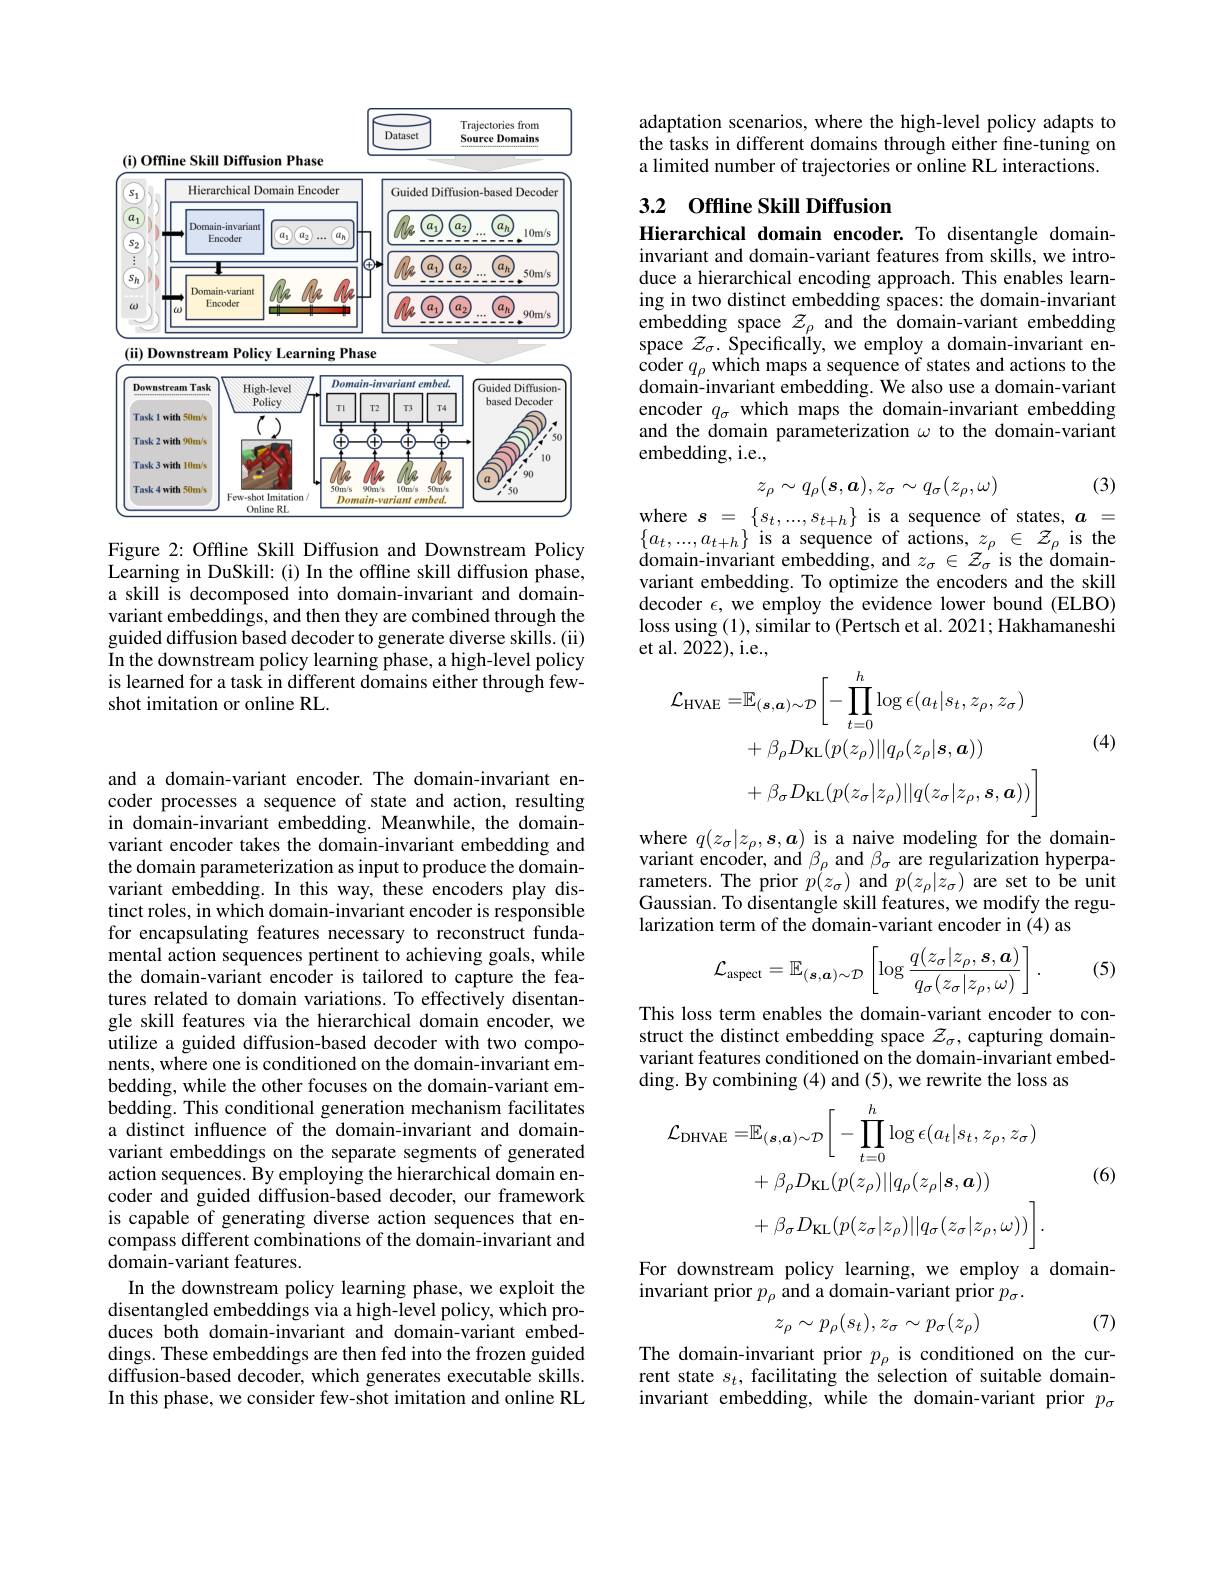
<FigureHere>

Figure 2: Offline Skill Diffusion and Downstream Policy

Learning in DuSkill: (i) In the offline skill diffusion phase, a skill is decomposed into domain-invariant and domainvariant embeddings, and then they are combined through the guided diffusion based decoder to generate diverse skills. (ii) In the downstream policy learning phase, a high-level policy is learned for a task in different domains either through fewshot imitation or online RL.

and a domain-variant encoder. The domain-invariant encoder processes a sequence of state and action, resulting in domain-invariant embedding. Meanwhile, the domainvariant encoder takes the domain-invariant embedding and the domain parameterization as input to produce the domainvariant embedding. In this way, these encoders play distinct roles, in which domain-invariant encoder is responsible for encapsulating features necessary to reconstruct fundamental action sequences pertinent to achieving goals, while the domain-variant encoder is tailored to capture the features related to domain variations. To effectively disentangle skill features via the hierarchical domain encoder, we utilize a guided diffusion-based decoder with two components, where one is conditioned on the domain-invariant embedding, while the other focuses on the domain-variant embedding. This conditional generation mechanism facilitates a distinct influence of the domain-invariant and domainvariant embeddings on the separate segments of generated action sequences. By employing the hierarchical domain encoder and guided diffusion-based decoder, our framework is capable of generating diverse action sequences that encompass different combinations of the domain-invariant and domain-variant features.
In the downstream policy learning phase, we exploit the disentangled embeddings via a high-level policy, which produces both domain-invariant and domain-variant embeddings. These embeddings are then fed into the frozen guided diffusion-based decoder, which generates executable skills. In this phase, we consider few-shot imitation and online RL

adaptation scenarios, where the high-level policy adapts to the tasks in different domains through either fine-tuning on a limited number of trajectories or online RL interactions.

# 3.2 Offline Skill Diffusion

Hierarchical domain encoder. To disentangle domaininvariant and domain-variant features from skills, we introduce a hierarchical encoding approach. This enables learning in two distinct embedding spaces: the domain-invariant $\begin{array}{l}{\mathrm{embedding~space~}z_{\rho}}\\{\mathrm{space~}z_{\sigma}.\text{Specifically, we employ a domain-invariant embedding}}\\{\mathrm{space~}z_{\sigma}.\text{Specifically, we employ a domain-invariant en-}}\end{array}$ $\begin{array}{l}\mathrm{coder~}q_{\rho}\text{ which maps a sequence of states and actions to the}\\\mathrm{domain-invariant~embedding.~We~also~use~a~domain-variant}\end{array}$ encoder $q_\sigma$ which maps the domain-invariant embedding and the domain parameterization $\omega$ to the domain-variant embedding, i.e.,

(3)
$$z_\rho\sim q_\rho(s,\boldsymbol{a}),z_\sigma\sim q_\sigma(z_\rho,\omega)$$
where $s=\{s_t,...,s_{t+h}\}$ is a sequence of states, $a=$ $\{a_{t},...,a_{t+h}\}$ is a sequence of actions, $z_\rho\in\mathcal{Z}_\rho$ is the domain-invariant embedding, and $z_\sigma\in\mathcal{Z}_\sigma$ is the domainvariant embedding. To optimize the encoders and the skill decoder $\epsilon$, we employ the evidence lower bound (ELBO) loss using (1), similar to (Pertsch et al. 2021; Hakhamaneshi et al. 2022), i.e.,
$$\begin{aligned}\mathcal{L}_{\mathrm{HVAE}}=&\mathbb{E}_{(\boldsymbol{s},\boldsymbol{a})\sim\mathcal{D}}\left[-\prod_{t=0}^{h}\log\epsilon(a_{t}|s_{t},z_{\rho},z_{\sigma})\right]\\&+\beta_{\rho}D_{\mathrm{KL}}(p(z_{\rho})||q_{\rho}(z_{\rho}|\boldsymbol{s},\boldsymbol{a}))\\&+\beta_{\sigma}D_{\mathrm{KL}}(p(z_{\sigma}|z_{\rho})||q(z_{\sigma}|z_{\rho},\boldsymbol{s},\boldsymbol{a}))\end{aligned}$$
(4)

where $q(z_\sigma|z_\rho,s,\boldsymbol{a})$ is a naive modeling for the domainvariant encoder, and $\beta_\rho$ and $\beta_\sigma$ are regularization hyperparameters. The prior $p(z_\sigma)$ and $p(z_\rho|z_\sigma)$ are set to be unit Gaussian. To disentangle skill features, we modify the regularization term of the domain-variant encoder in (4) as
$$\mathcal{L}_{\mathrm{aspect}}=\mathbb{E}_{(\boldsymbol{s},\boldsymbol{a})\sim\mathcal{D}}\left[\log\frac{q(z_{\sigma}|z_{\rho},\boldsymbol{s},\boldsymbol{a})}{q_{\sigma}(z_{\sigma}|z_{\rho},\omega)}\right].$$
(5)

This loss term enables the domain-variant encoder to construct the distinct embedding space $z_\sigma$, capturing domainvariant features conditioned on the domain-invariant embedding. By combining (4) and (5), we rewrite the loss as
$$\begin{aligned}\mathcal{L}_{\mathrm{DHVAE}}=&\mathbb{E}_{(\boldsymbol{s},\boldsymbol{a})\sim\mathcal{D}}\bigg[-\prod_{t=0}^{h}\log\epsilon(a_{t}|s_{t},z_{\rho},z_{\sigma})\\&+\beta_{\rho}D_{\mathrm{KL}}(p(z_{\rho})||q_{\rho}(z_{\rho}|\boldsymbol{s},\boldsymbol{a}))\\&+\beta_{\sigma}D_{\mathrm{KL}}(p(z_{\sigma}|z_{\rho})||q_{\sigma}(z_{\sigma}|z_{\rho},\omega))\bigg].\end{aligned}$$
(6)

For downstream policy learning, we employ a domain-
invariant prior $p_\rho$ and a domain-variant prior $p_\sigma.$
$$z_\rho\sim p_\rho(s_t),z_\sigma\sim p_\sigma(z_\rho)$$
(7)

The domain-invariant prior $p_\rho$ is conditioned on the current state $s_t$,facilitating the selection of suitable domaininvariant embedding, while the domain-variant prior $p_\sigma$